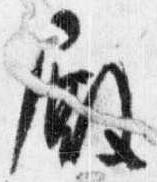
殿